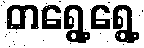
တရွေ့ရွေ့